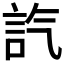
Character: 𧥷